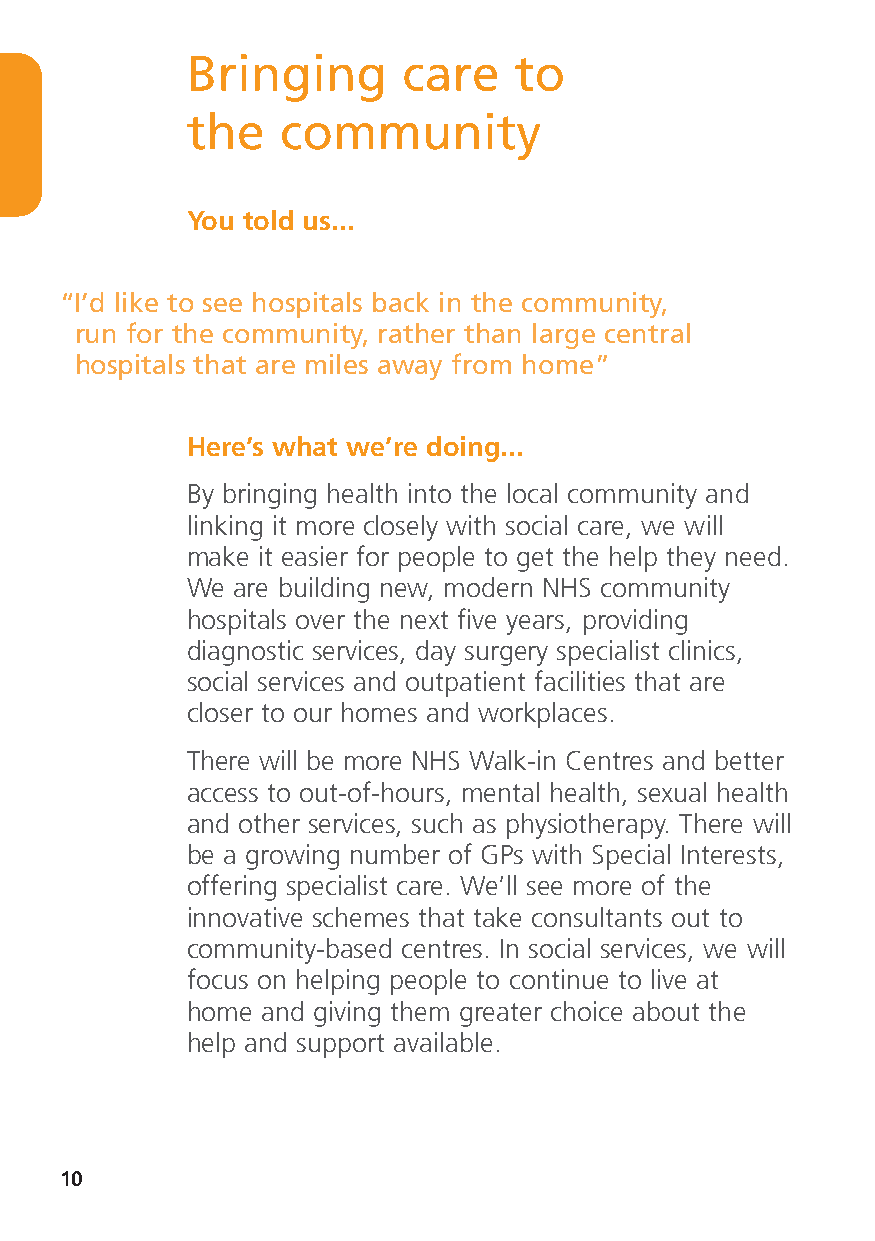
Bringing       care   to
 the    community
 You told us...
 “I’d like to see hospitals back in the community,
 run for the community, rather than large central
 hospitals that are miles away from home”
 Here’s what we’re doing...
 By bringing health into the local community and
 linking it more closely with social care, we will
 make it easier for people to get the help they need.
 We are building new, modern NHS community
 hospitals over the next five years, providing
 diagnostic services, day surgery specialist clinics,
 social services and outpatient facilities that are
 closer to our homes and workplaces.
 There will be more NHS Walk-in Centres and better
 access to out-of-hours, mental health, sexual health
 and other services, such as physiotherapy. There will
 be a growing number of GPs with Special Interests,
 offering specialist care. We’ll see more of the
 innovative schemes that take consultants out to
 community-based centres. In social services, we will
 focus on helping people to continue to live at
 home and giving them greater choice about the
 help and support available.
 10